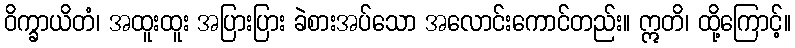
ဝိက္ခာယိတံ၊ အထူးထူး အပြားပြား ခဲစားအပ်သော အလောင်းကောင်တည်း။ ဣတိ၊ ထို့ကြောင့်။